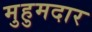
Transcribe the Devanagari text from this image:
मुहुमदार